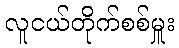
လူငယ်တိုက်စစ်မှူး